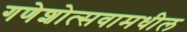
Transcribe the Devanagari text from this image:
गणेशोत्सवामधील